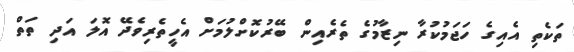
ތަކެތި އެއިގެ ހަޖަމުކުރާ ނިޒާމުގެ ތެރެއިން ބޭރުކޮށްލުމަށް އެހީތެރިވެދޭ އޮލަ އަދި ތަތް